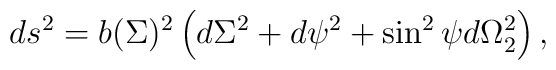
ds^2=b(\Sigma)^2\left(d\Sigma^2+d\psi^2+\sin^2 \psi d\Omega_2^2\right) ,